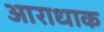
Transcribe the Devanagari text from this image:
आराधाक